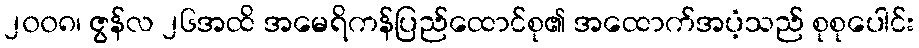
၂၀၀၈၊ ဇွန်လ ၂၆အထိ အမေရိကန်ပြည်ထောင်စု၏ အထောက်အပံ့သည် စုစုပေါင်း